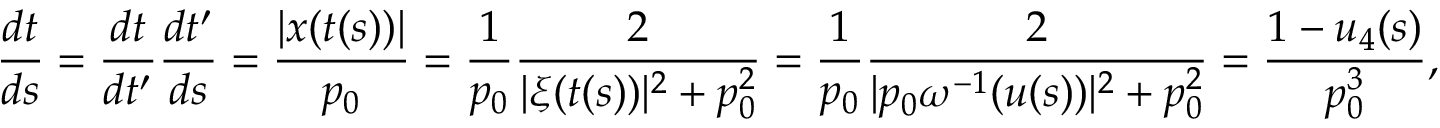
\frac { d t } { d s } = \frac { d t } { d t ^ { \prime } } \frac { d t ^ { \prime } } { d s } = \frac { | x ( t ( s ) ) | } { p _ { 0 } } = \frac { 1 } { p _ { 0 } } \frac { 2 } { | \xi ( t ( s ) ) | ^ { 2 } + p _ { 0 } ^ { 2 } } = \frac { 1 } { p _ { 0 } } \frac { 2 } { | p _ { 0 } \omega ^ { - 1 } ( u ( s ) ) | ^ { 2 } + p _ { 0 } ^ { 2 } } = \frac { 1 - u _ { 4 } ( s ) } { p _ { 0 } ^ { 3 } } ,